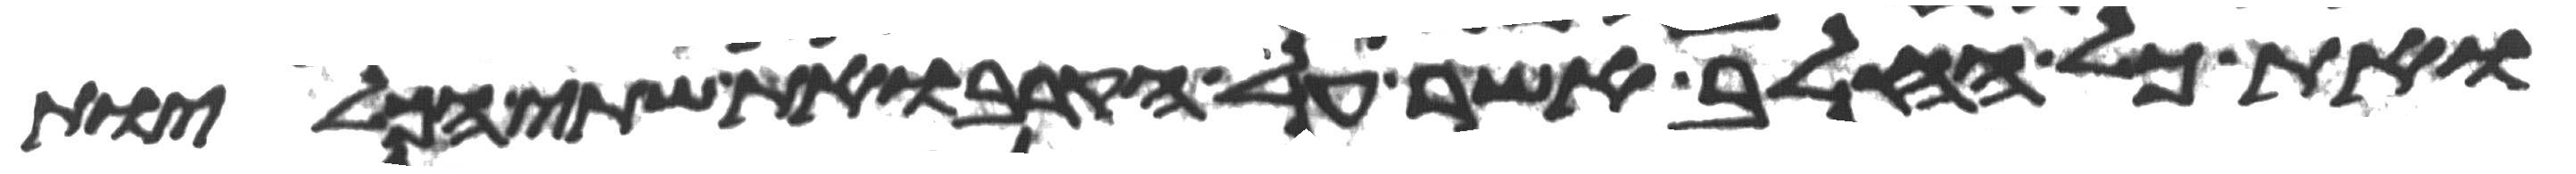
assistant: ואת כל החלב אשר על הקרב ואת שתי הכליות